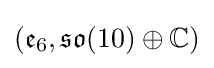
({\mathfrak {e}}_{6},{\mathfrak {so}}(10)\oplus \mathbb {C} )